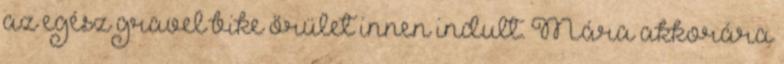
az egész gravel bike őrület innen indult. Mára akkorára